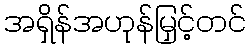
အရှိန်အဟုန်မြှင့်တင်